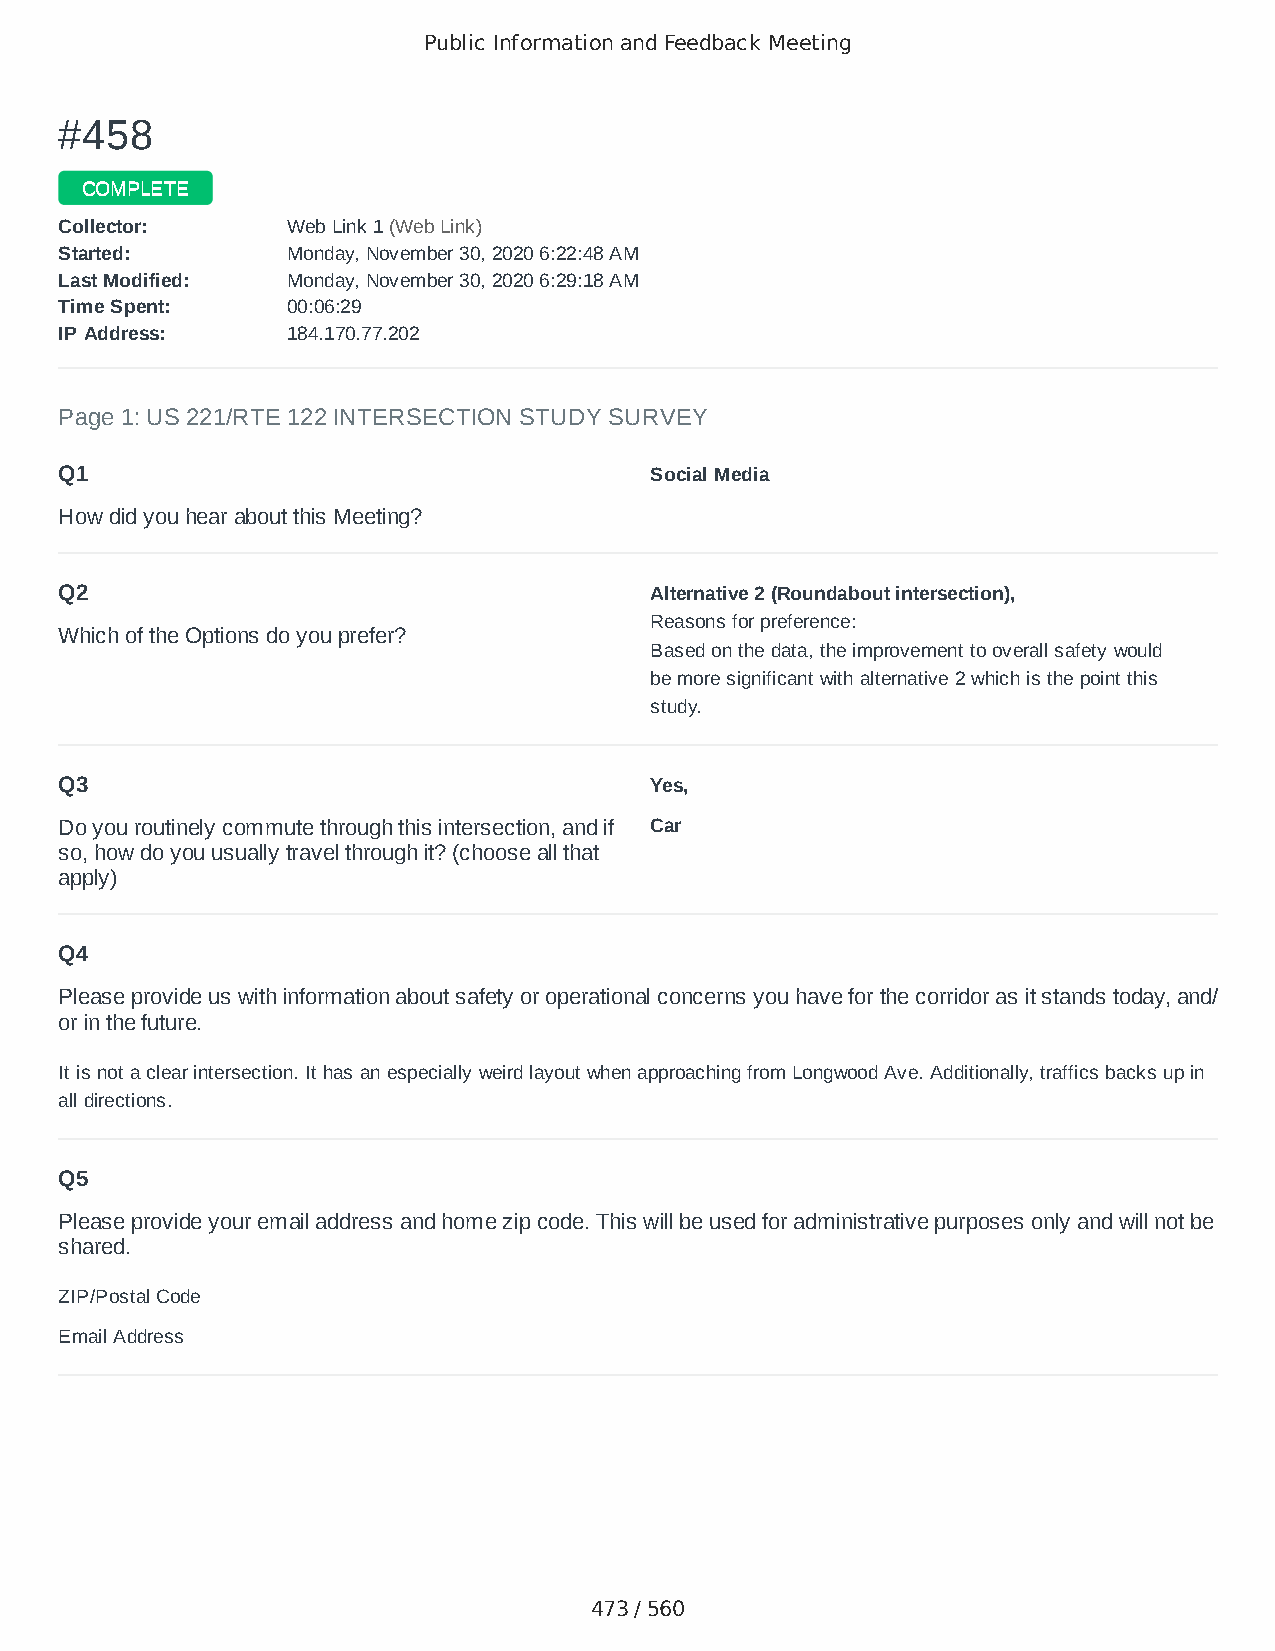
Public Information and Feedback Meeting
 ##445588
 CCOOMMPPLLEETTEE
 CCoolllleeccttoorr:: WWeebb LLiinnkk 11 ((WWeebb LLiinnkk))
 SSttaarrtteedd:: MMoonnddaayy,, NNoovveemmbbeerr 3300,, 22002200 66::2222::4488 AAMM
 LLaasstt MMooddiiffiieedd:: MMoonnddaayy,, NNoovveemmbbeerr 3300,, 22002200 66::2299::1188 AAMM
 TTiimmee SSppeenntt:: 0000::0066::2299
 IIPP AAddddrreessss:: 118844..117700..7777..220022
 Page 1: US 221/RTE 122 INTERSECTION STUDY SURVEY
 Q1                                     Social Media
 How did you hear about this Meeting?
 Q2                                     Alternative 2 (Roundabout intersection),
 Reasons for preference:
 Which of the Options do you prefer?
 Based on the data, the improvement to overall safety would
 be more significant with alternative 2 which is the point this
 study.
 Q3                                     Yes,
 Do you routinely commute through this intersection, and if Car
 so, how do you usually travel through it? (choose all that
 apply)
 Q4
 Please provide us with information about safety or operational concerns you have for the corridor as it stands today, and/
 or in the future.
 It is not a clear intersection. It has an especially weird layout when approaching from Longwood Ave. Additionally, traffics backs up in
 all directions.
 Q5
 Please provide your email address and home zip code. This will be used for administrative purposes only and will not be
 shared.
 ZIP/Postal Code                        24523
 Email Address                          ikarley23@gmail.com
 473 / 560